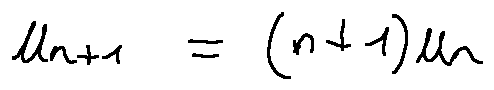
u _ { n + 1 } = ( n + 1 ) u _ { n }